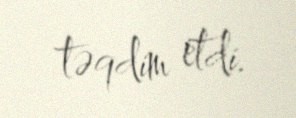
təqdim etdi.